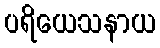
ပရိယေသနာယ